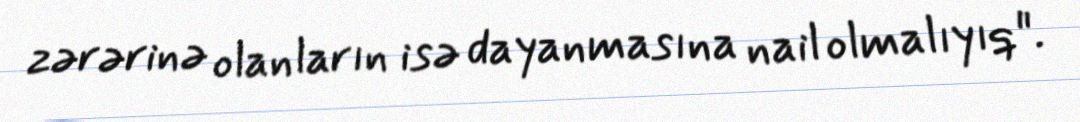
zərərinə olanların isə dayanmasına nail olmalıyıq".